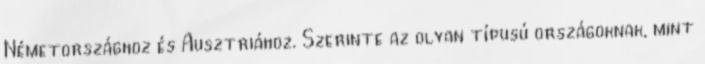
Németországhoz és Ausztriához. Szerinte az olyan típusú országoknak, mint